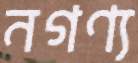
নগণ্য